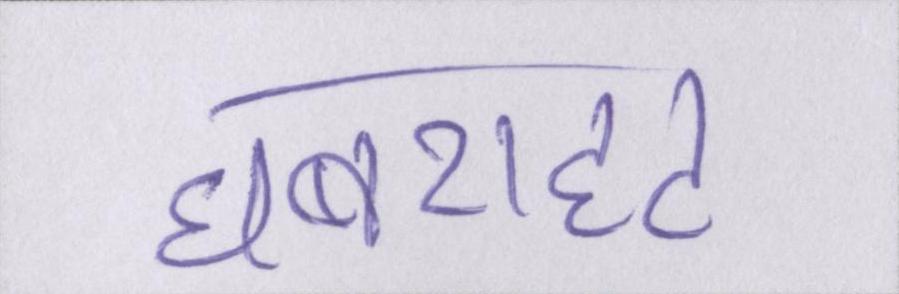
घबराहट